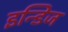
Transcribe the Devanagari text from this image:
इन्डिज